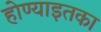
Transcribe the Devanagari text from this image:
होण्याइतका